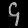
Digit: ၄